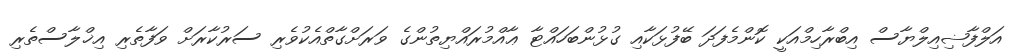
އަލްފާޟިއިލްޔާސް އިބްރާހިމްއަކީ ކޮންމެފަދަ ބޭފުޅަކާއި ގުޅުންބަހައްޓާ ޢާއްމުރައްޔިތުންގެ ވަރަށްގާތްއެކުވެރި ސަރުކާރަށް ވަފާތެރި އިޚްލާސްތެރި